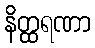
နိတ္ထရဏာ